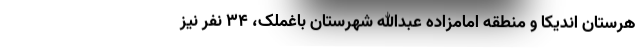
هرستان اندیکا و منطقه امامزاده عبدالله شهرستان باغملک، ۳۴ نفر نیز